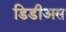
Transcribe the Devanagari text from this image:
डिडीअस